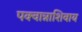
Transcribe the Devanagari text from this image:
पक्वान्नाशिवाय